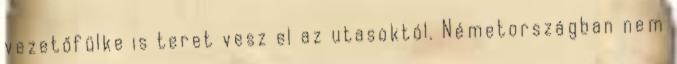
vezetőfülke is teret vesz el az utasoktól. Németországban nem